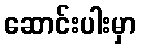
ဆောင်းပါးမှာ